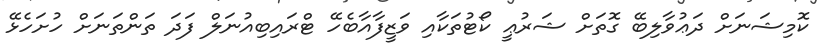
ކޮމިޝަނަށް ދަޢުވާލިބޭ ގޮތަށް ޝަރުޢީ ކޯޓުތަކާއި ވަޒީފާއާބެހޭ ޓްރައިބިއުނަލް ފަދަ ތަންތަނަށް ހުށަހެޅޭ